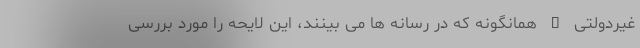
غیردولتی – همانگونه که در رسانه ها می بینند، این لایحه را مورد بررسی